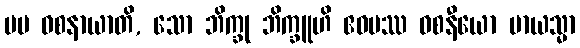
မမ ဝစနာယာတိ, သော ဘိက္ခု ဘိက္ခူဟိ ဧဝမဿ ဝစနီယော မာယသ္မာ